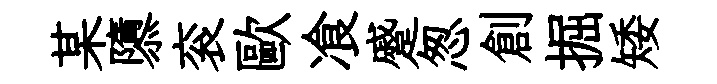
某隳衮歐飡蹙怱創掘矮